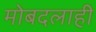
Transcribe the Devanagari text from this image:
मोबदलाही